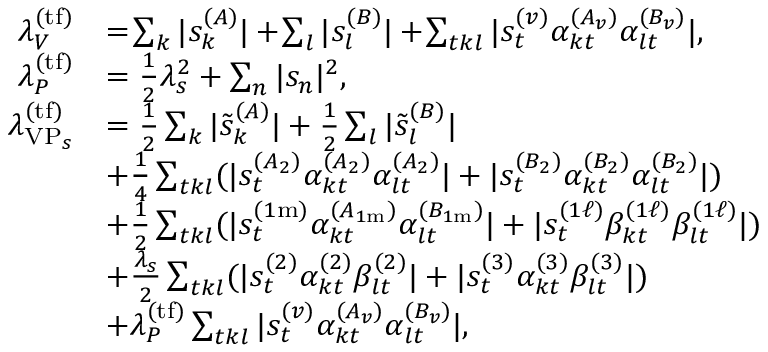
\begin{array} { r l } { \lambda _ { V } ^ { ( \mathrm { t f } ) } } & { = \! \sum _ { k } | s _ { k } ^ { ( A ) } | + \! \sum _ { l } | s _ { l } ^ { ( B ) } | + \! \sum _ { t k l } | s _ { t } ^ { ( v ) } \alpha _ { k t } ^ { ( A _ { v } ) } \alpha _ { l t } ^ { ( B _ { v } ) } | , } \\ { \lambda _ { P } ^ { ( \mathrm { t f } ) } } & { = \frac { 1 } { 2 } \lambda _ { s } ^ { 2 } + \sum _ { n } | s _ { n } | ^ { 2 } , } \\ { \lambda _ { \mathrm { V P } _ { s } } ^ { ( \mathrm { t f } ) } } & { = \frac { 1 } { 2 } \sum _ { k } | \tilde { s } _ { k } ^ { ( A ) } | + \frac { 1 } { 2 } \sum _ { l } | \tilde { s } _ { l } ^ { ( B ) } | } \\ & { + \frac { 1 } { 4 } \sum _ { t k l } ( | s _ { t } ^ { ( A _ { 2 } ) } \alpha _ { k t } ^ { ( A _ { 2 } ) } \alpha _ { l t } ^ { ( A _ { 2 } ) } | + | s _ { t } ^ { ( B _ { 2 } ) } \alpha _ { k t } ^ { ( B _ { 2 } ) } \alpha _ { l t } ^ { ( B _ { 2 } ) } | ) } \\ & { + \frac { 1 } { 2 } \sum _ { t k l } ( | s _ { t } ^ { ( 1 \mathrm { m } ) } \alpha _ { k t } ^ { ( A _ { 1 \mathrm { m } } ) } \alpha _ { l t } ^ { ( B _ { 1 \mathrm { m } } ) } | + | s _ { t } ^ { ( 1 \ell ) } \beta _ { k t } ^ { ( 1 \ell ) } \beta _ { l t } ^ { ( 1 \ell ) } | ) } \\ & { + \frac { \lambda _ { s } } { 2 } \sum _ { t k l } ( | s _ { t } ^ { ( 2 ) } \alpha _ { k t } ^ { ( 2 ) } \beta _ { l t } ^ { ( 2 ) } | + | s _ { t } ^ { ( 3 ) } \alpha _ { k t } ^ { ( 3 ) } \beta _ { l t } ^ { ( 3 ) } | ) } \\ & { + \lambda _ { P } ^ { ( \mathrm { t f } ) } \sum _ { t k l } | s _ { t } ^ { ( v ) } \alpha _ { k t } ^ { ( A _ { v } ) } \alpha _ { l t } ^ { ( B _ { v } ) } | , } \end{array}